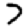
Digit: 7